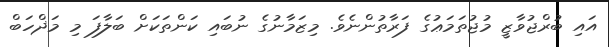
އައި ބުރްޖުވާޒީ މުޖުތަމަޢުގެ ފަރާތުންނެވެ. މިޒަމާނުގެ ނުބައި ކަންތަކަށް ބަލާފަ މި މަޛްހަބް